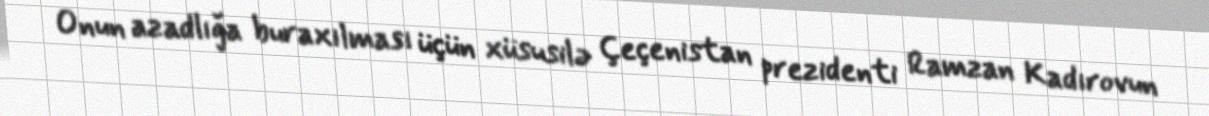
Onun azadlığa buraxılması üçün xüsusilə Çeçenistan prezidenti Ramzan Kadırovun